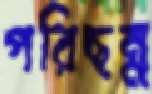
পরিছন্ন